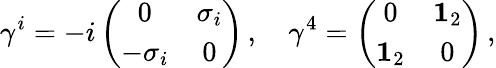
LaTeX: \gamma^{i}=-i\left(\begin{array}{cc}{{0}}&{{\sigma_{i}}}\\ {{-\sigma_{i}}}&{{0}}\end{array}\right)\, ,\quad\gamma^{4}=\left(\begin{array}{cc}{{0}}&{{{\mathbf 1}_{2}}}\\ {{{\mathbf 1}_{2}}}&{{0}}\end{array}\right)\, ,